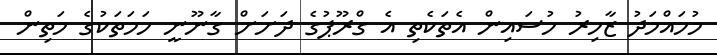
މުހައްމަދު ޒާހިރު ހުސައިން އެތަކެތި އެ ގްރޫޕުގެ ދަށަށް ގާނޫނީ ހަމަތަކުގެ މަތިން